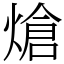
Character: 熗